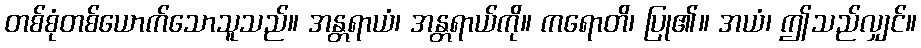
တစ်စုံတစ်ယောက်သောသူသည်။ အန္တရာယံ၊ အန္တရာယ်ကို။ ကရောတိ၊ ပြု၏။ အယံ၊ ဤသည်လျှင်။